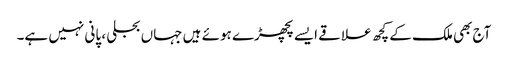
آج بھی ملک کے کچھ علاقے ایسے پچھڑے ہوئے ہیں جہاں بجلی ، پانی نہیں ہے۔